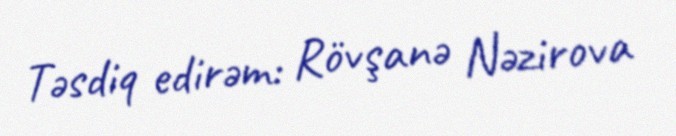
Təsdiq edirəm: Rövşanə Nəzirova